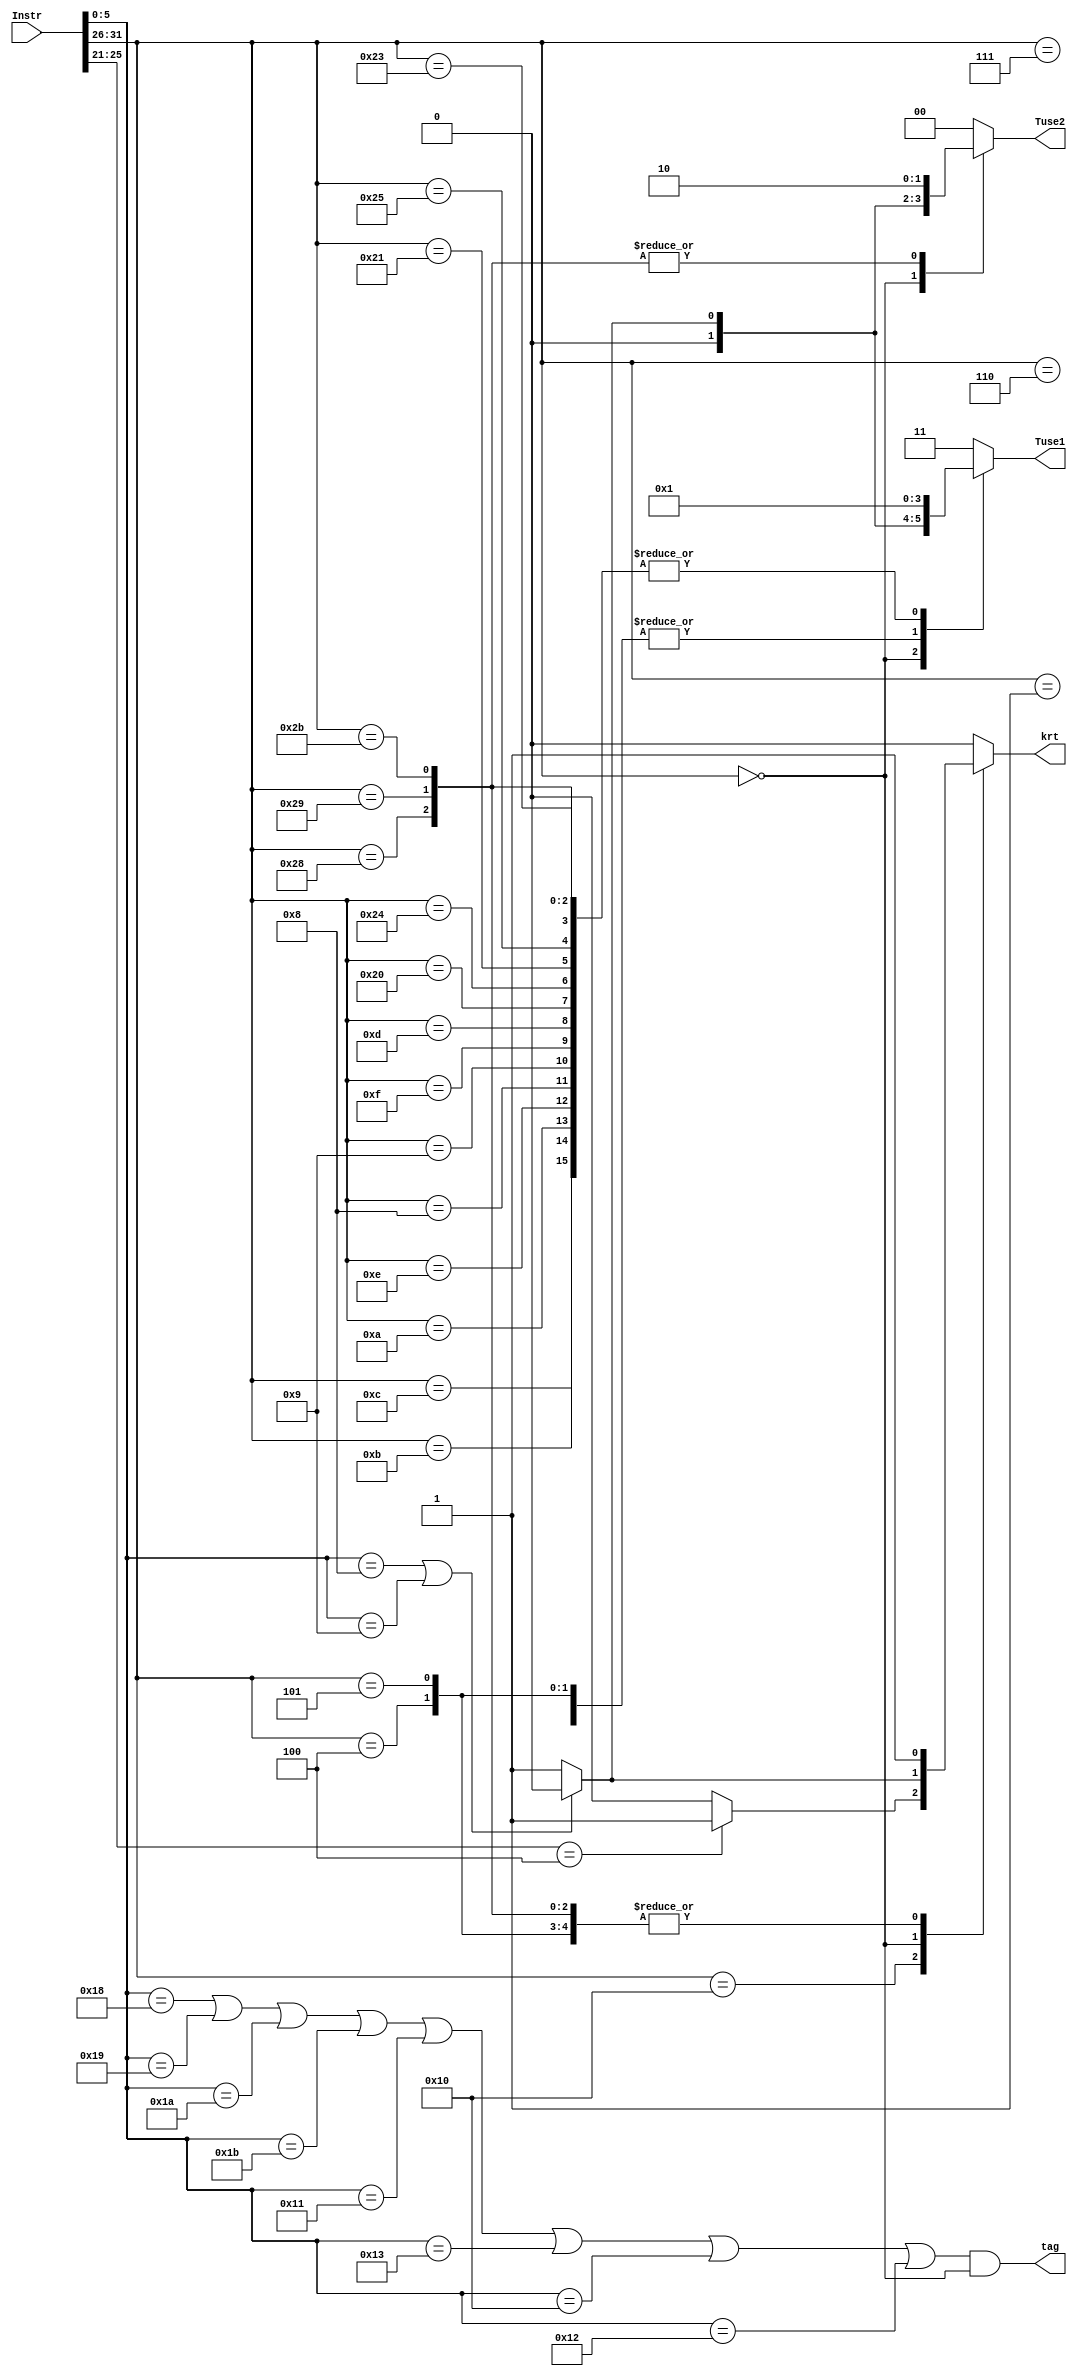
`timescale 1ns / 1ps
//////////////////////////////////////////////////////////////////////////////////
// Company: 
// Engineer: 
// 
// Design Name: 
// Module Name:    decoder 
// Project Name: 
// Target Devices: 
// Tool versions: 
// Description: 
//
// Dependencies: 
//
// Revision: 
// Revision 0.01 - File Created
// Additional Comments: 
//
//////////////////////////////////////////////////////////////////////////////////
`define beq     6'b000100
`define jal     6'b000011
`define j       6'b000010
`define special 6'b000000
`define ori     6'b001101
`define lw      6'b100011
`define sw      6'b101011
`define addu    6'b100001
`define subu    6'b100011
`define sll     6'b000000
`define jr      6'b001000
`define lui     6'b001111
`define add     6'b100000
`define addi    6'b001000
`define addiu   6'b001001
`define sub     6'b100010
`define bne     6'b000101
`define srl     6'b000010
`define and     6'b100100
`define or      6'b100101
`define xor     6'b100110
`define jalr    6'b001001
`define lb      6'b100000
`define lbu     6'b100100
`define lh      6'b100001
`define lhu     6'b100101
`define sb      6'b101000
`define sh      6'b101001
`define mult    6'b011000
`define multu   6'b011001
`define div     6'b011010
`define divu    6'b011011
`define sra     6'b000011
`define sllv    6'b000100
`define srlv    6'b000110
`define srav    6'b000111
`define nor     6'b100111
`define xori    6'b001110
`define slt     6'b101010
`define slti    6'b001010
`define sltiu   6'b001011
`define sltu    6'b101011
`define blez    6'b000110
`define bgtz    6'b000111
`define regimm  6'b000001
`define bltz    5'b00000
`define bgez    5'b00001
`define mfhi    6'b010000
`define mflo    6'b010010
`define mthi    6'b010001
`define mtlo    6'b010011
`define andi    6'b001100
`define cp0     6'b010000
`define mt      5'b00100
`define mf      5'b00000
`define eret    6'b011000
`define op 31:26
`define funct 5:0

module decoderTuse(
    input [31:0] Instr,
    output reg krt,
	 output reg [1:0] Tuse1,
	 output reg [1:0] Tuse2,
	 output tag
	 );
	 
	 assign tag = (Instr[`funct] == `mult || Instr[`funct] == `multu || Instr[`funct] == `div ||
					  Instr[`funct] == `divu || Instr[`funct] == `mthi || Instr[`funct] == `mtlo ||
					  Instr[`funct] == `mfhi || Instr[`funct] == `mflo) && Instr[`op] == `special;
	 always @(*) begin
		case (Instr[`op])
			`cp0:
				if (Instr[25:21] == `mt) begin
					krt = 1;
					Tuse1 = 2'b11;
					Tuse2 = 2'b00;
				end
				else begin
					krt = 0;
					Tuse1 = 2'b11;
					Tuse2 = 2'b00;
				end
			`andi: begin
				krt = 0;
				Tuse1 = 2'b01;
				Tuse2 = 2'b00;
			end
			`regimm:  begin
				krt = 0;
				Tuse1 = 2'b00;
				Tuse2 = 2'b00;
			end
	//						
			`bgtz: begin
				krt = 0;
				Tuse1 = 2'b00;
				Tuse2 = 2'b00;
			end
			`blez: begin
				krt = 0;
				Tuse1 = 2'b00;
				Tuse2 = 2'b00;
			end
			`sltiu: begin
				krt = 0;
				Tuse1 = 2'b01;
				Tuse2 = 2'b00;
			end
			`slti: begin
				krt = 0;
				Tuse1 = 2'b01;
				Tuse2 = 2'b00;
			end
			`xori: begin
				krt = 0;
				Tuse1 = 2'b01;
				Tuse2 = 2'b00;
			end
			`addi: begin
				krt = 0;
				Tuse1 = 2'b01;
				Tuse2 = 2'b00;
			end
			`addiu: begin
				krt = 0;
				Tuse1 = 2'b01;
				Tuse2 = 2'b00;
			end
			`lui: begin
				krt = 0;
				Tuse1 = 2'b01;
				Tuse2 = 2'b00;
			end
			`ori: begin
				krt = 0;
				Tuse1 = 2'b01;
				Tuse2 = 2'b00;
			end
			`special:
				if(Instr[`funct] == `jr || Instr[`funct] == `jalr) begin
					krt = 0;
					Tuse1 = 2'b00;
					Tuse2 = 2'b00;
				end else begin
					krt = 1;
					Tuse1 = 2'b01;
					Tuse2 = 2'b01;
				end
			`beq: begin
				krt = 1;
				Tuse1 = 2'b00;
				Tuse2 = 2'b00;
			end
			`bne: begin
				krt = 1;
				Tuse1 = 2'b00;
				Tuse2 = 2'b00;
			end
			`lb: begin
				krt = 0;
				Tuse1 = 2'b01;
				Tuse2 = 2'b00;
			end
			`lbu: begin
				krt = 0;
				Tuse1 = 2'b01;
				Tuse2 = 2'b00;
			end
			`lh: begin
				krt = 0;
				Tuse1 = 2'b01;
				Tuse2 = 2'b00;
			end
			`lhu: begin
				krt = 0;
				Tuse1 = 2'b01;
				Tuse2 = 2'b00;
			end
			`lw: begin
				krt = 0;
				Tuse1 = 2'b01;
				Tuse2 = 2'b00;
			end
			`sb: begin
				krt = 1;
				Tuse1 = 2'b01;
				Tuse2 = 2'b10;
			end
			`sh: begin
				krt = 1;
				Tuse1 = 2'b01;
				Tuse2 = 2'b10;
			end
			`sw: begin
				krt = 1;
				Tuse1 = 2'b01;
				Tuse2 = 2'b10;
			end
			default: begin
				krt = 0;
				Tuse1 = 2'b11;
				Tuse2 = 2'b00;
			end
		endcase
	end
endmodule
module decoderTnew(
    input [31:0] Instr,
    output reg [1:0] dreg,
	 output reg [1:0] Tnew 
	 );
	  always @(*) begin
		case (Instr[`op])
			`cp0:
				if (Instr[25:21] == `mf) begin
					dreg = 0;
					Tnew = 2'b01;
				end else begin
					dreg = 2'b11;
					Tnew = 2'b00;
				end
			`andi: begin
				dreg = 0;
				Tnew = 2'b10;
			end
			`sltiu: begin
				dreg = 0;
				Tnew = 2'b10;
			end
			`slti: begin
				dreg = 0;
				Tnew = 2'b10;
			end
			`xori: begin
				dreg = 0;
				Tnew = 2'b10;
			end
			`addi: begin
				dreg = 0;
				Tnew = 2'b10;
			end
			`addiu: begin
				dreg = 0;
				Tnew = 2'b10;
			end
			`lui: begin
				dreg = 0;
				Tnew = 2'b10;
			end
			`ori: begin
				dreg = 0;
				Tnew = 2'b10;
			end
			`jal: begin
				dreg = 2'b10;
				Tnew = 2'b01;
			end
			`special:
				if (Instr[`funct] == `jalr) begin
					dreg = 2'b01;
					Tnew = 2'b01;
				end else
				begin
					dreg = 2'b01;
					Tnew = 2'b10;
				end
			`lb: begin
				dreg = 0;
				Tnew = 2'b11;
			end
			`lbu: begin
				dreg = 0;
				Tnew = 2'b11;
			end
			`lh: begin
				dreg = 0;
				Tnew = 2'b11;
			end
			`lhu: begin
				dreg = 0;
				Tnew = 2'b11;
			end
			`lw: begin
				dreg = 0;
				Tnew = 2'b11;
			end
			default: begin
				dreg = 2'b11;
				Tnew = 2'b00;
			end
		endcase
	end
endmodule